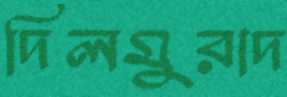
দিলমুরাদ